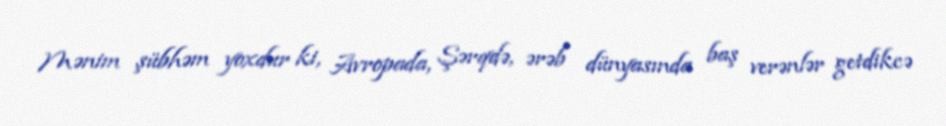
Mənim şübhəm yoxdur ki, Avropada, Şərqdə, ərəb dünyasında baş verənlər getdikcə